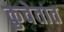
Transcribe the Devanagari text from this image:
कुवेतात